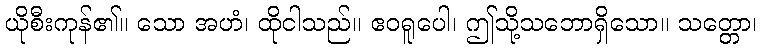
ယိုစီးကုန်၏။ သော အဟံ၊ ထိုငါသည်။ ဧဝရူပေါ၊ ဤသို့သဘောရှိသော။ သတ္တော၊